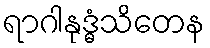
ရာဂါနုဒ္ဓံသိတေန